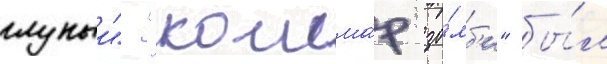
глупыи". "кошма́р зо́мб'и" бы́л